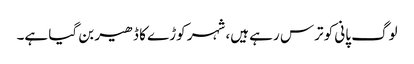
لوگ پانی کو ترس رہے ہیں، شہر کوڑے کا ڈھیر بن گیا ہے۔